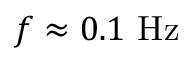
f \approx 0 . 1 ~ \mathrm { H z }